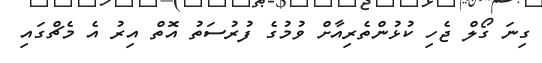
ގިނަ ގޯލް ޖެހި ކުޅުންތެރިއާށް ވުމުގެ ފުރުސަތު އޮތް އިރު އެ މެޗްގައި